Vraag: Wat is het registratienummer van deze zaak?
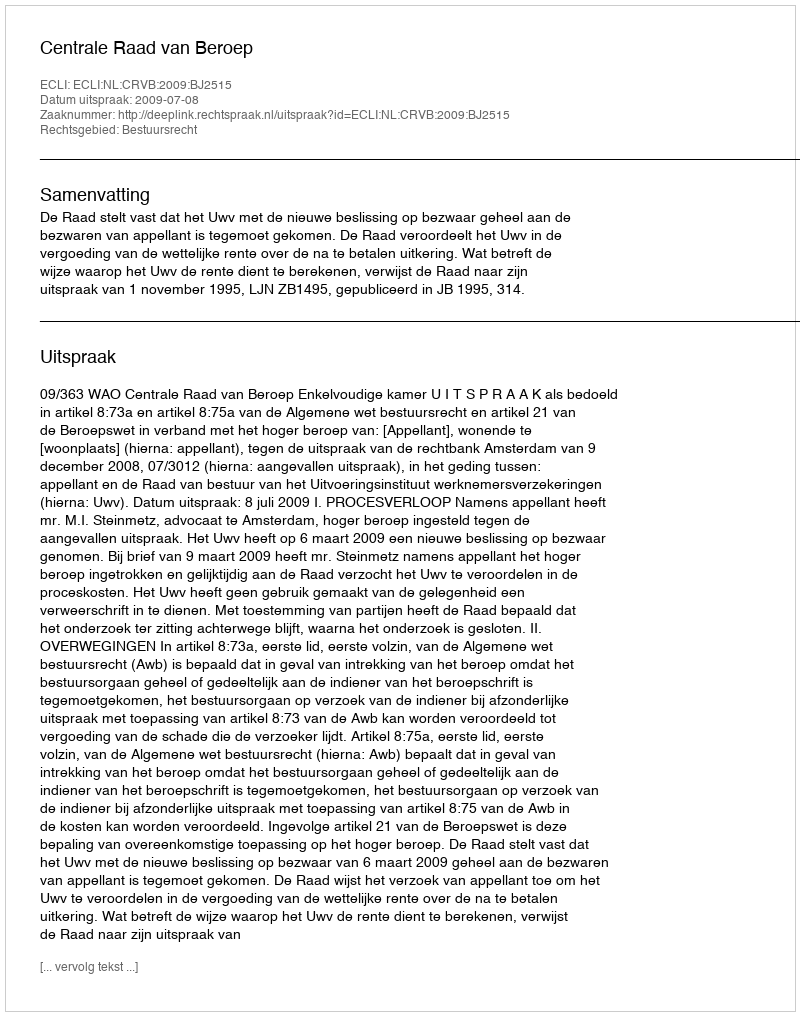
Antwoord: http://deeplink.rechtspraak.nl/uitspraak?id=ECLI:NL:CRVB:2009:BJ2515